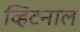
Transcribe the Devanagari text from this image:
व्हिटनाल